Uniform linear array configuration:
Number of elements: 64
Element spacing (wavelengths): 0.75
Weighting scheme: hann
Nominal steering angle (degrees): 30
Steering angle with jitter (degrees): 30.456
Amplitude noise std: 0.05
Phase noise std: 0.05

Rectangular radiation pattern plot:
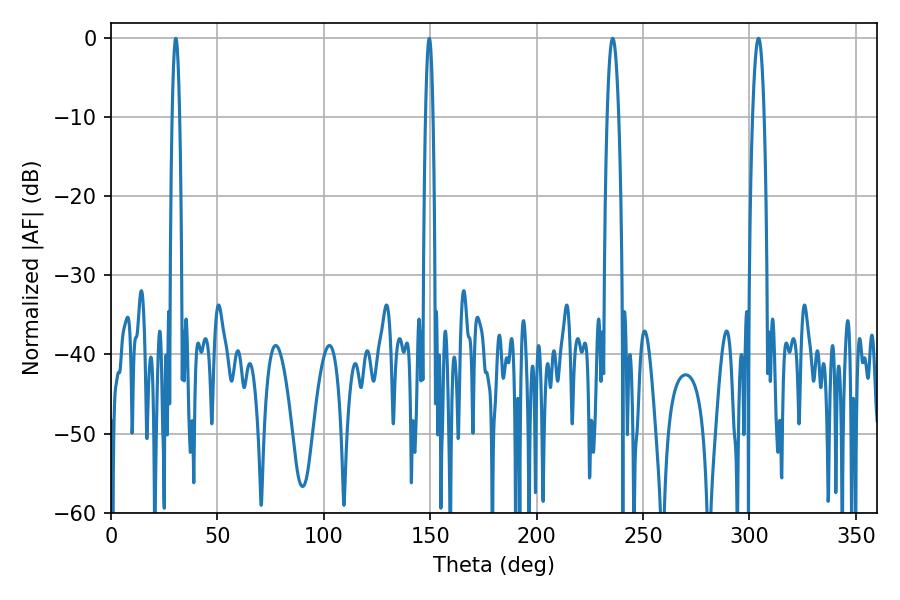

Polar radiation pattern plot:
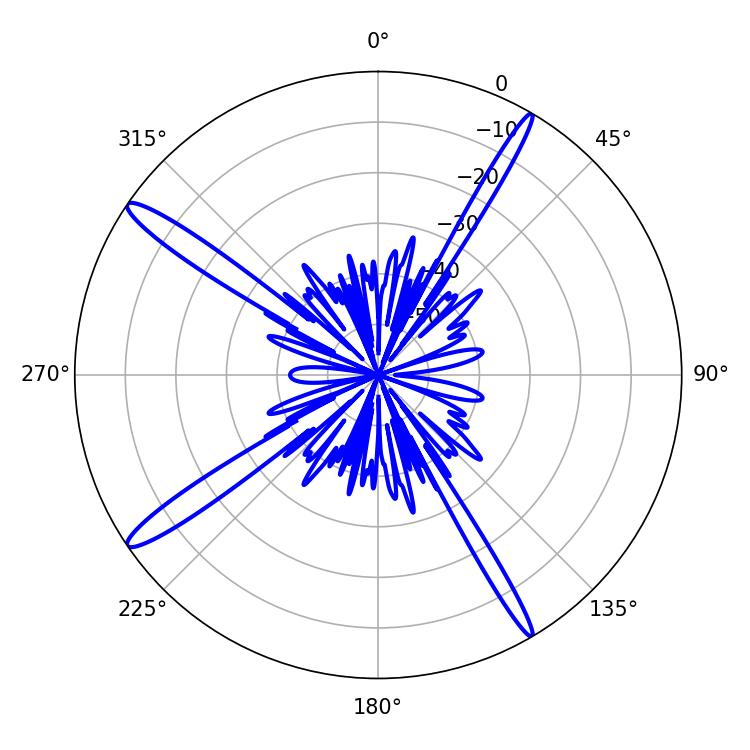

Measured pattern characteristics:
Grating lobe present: TRUE
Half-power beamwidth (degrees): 1.8
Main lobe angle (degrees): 30.42